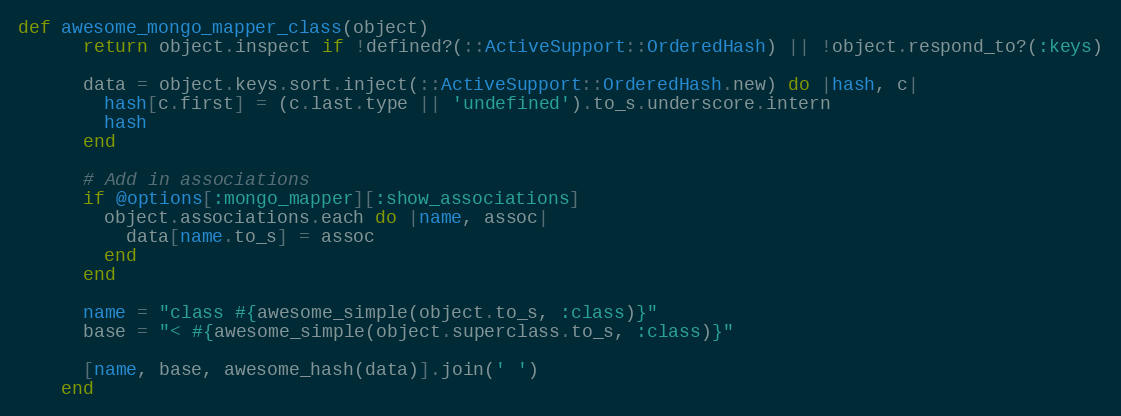
Language: Ruby
def awesome_mongo_mapper_class(object)
      return object.inspect if !defined?(::ActiveSupport::OrderedHash) || !object.respond_to?(:keys)

      data = object.keys.sort.inject(::ActiveSupport::OrderedHash.new) do |hash, c|
        hash[c.first] = (c.last.type || 'undefined').to_s.underscore.intern
        hash
      end

      # Add in associations
      if @options[:mongo_mapper][:show_associations]
        object.associations.each do |name, assoc|
          data[name.to_s] = assoc
        end
      end

      name = "class #{awesome_simple(object.to_s, :class)}"
      base = "< #{awesome_simple(object.superclass.to_s, :class)}"

      [name, base, awesome_hash(data)].join(' ')
    end